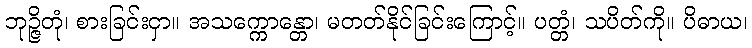
ဘုဉ္ဇိတုံ၊ စားခြင်းငှာ။ အသက္ကောန္တော၊ မတတ်နိုင်ခြင်းကြောင့်။ ပတ္တံ၊ သပိတ်ကို။ ပိဓာယ၊